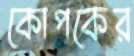
কোপকের